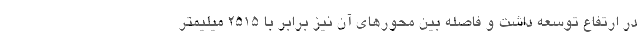
در ارتفاع توسعه داشت و فاصله بین محورهای آن نیز برابر با 2515 میلیمتر